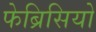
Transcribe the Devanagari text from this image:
फेब्रिसियो